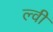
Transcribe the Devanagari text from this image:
ल्वी